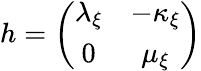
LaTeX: h=\left(\begin{array}{cc}{{\lambda_{\xi}}}&{{-\kappa_{\xi}}}\\ {{0}}&{{\mu_{\xi}}}\end{array}\right)